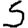
Digit: 5